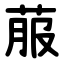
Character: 菔